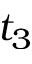
t _ { 3 }